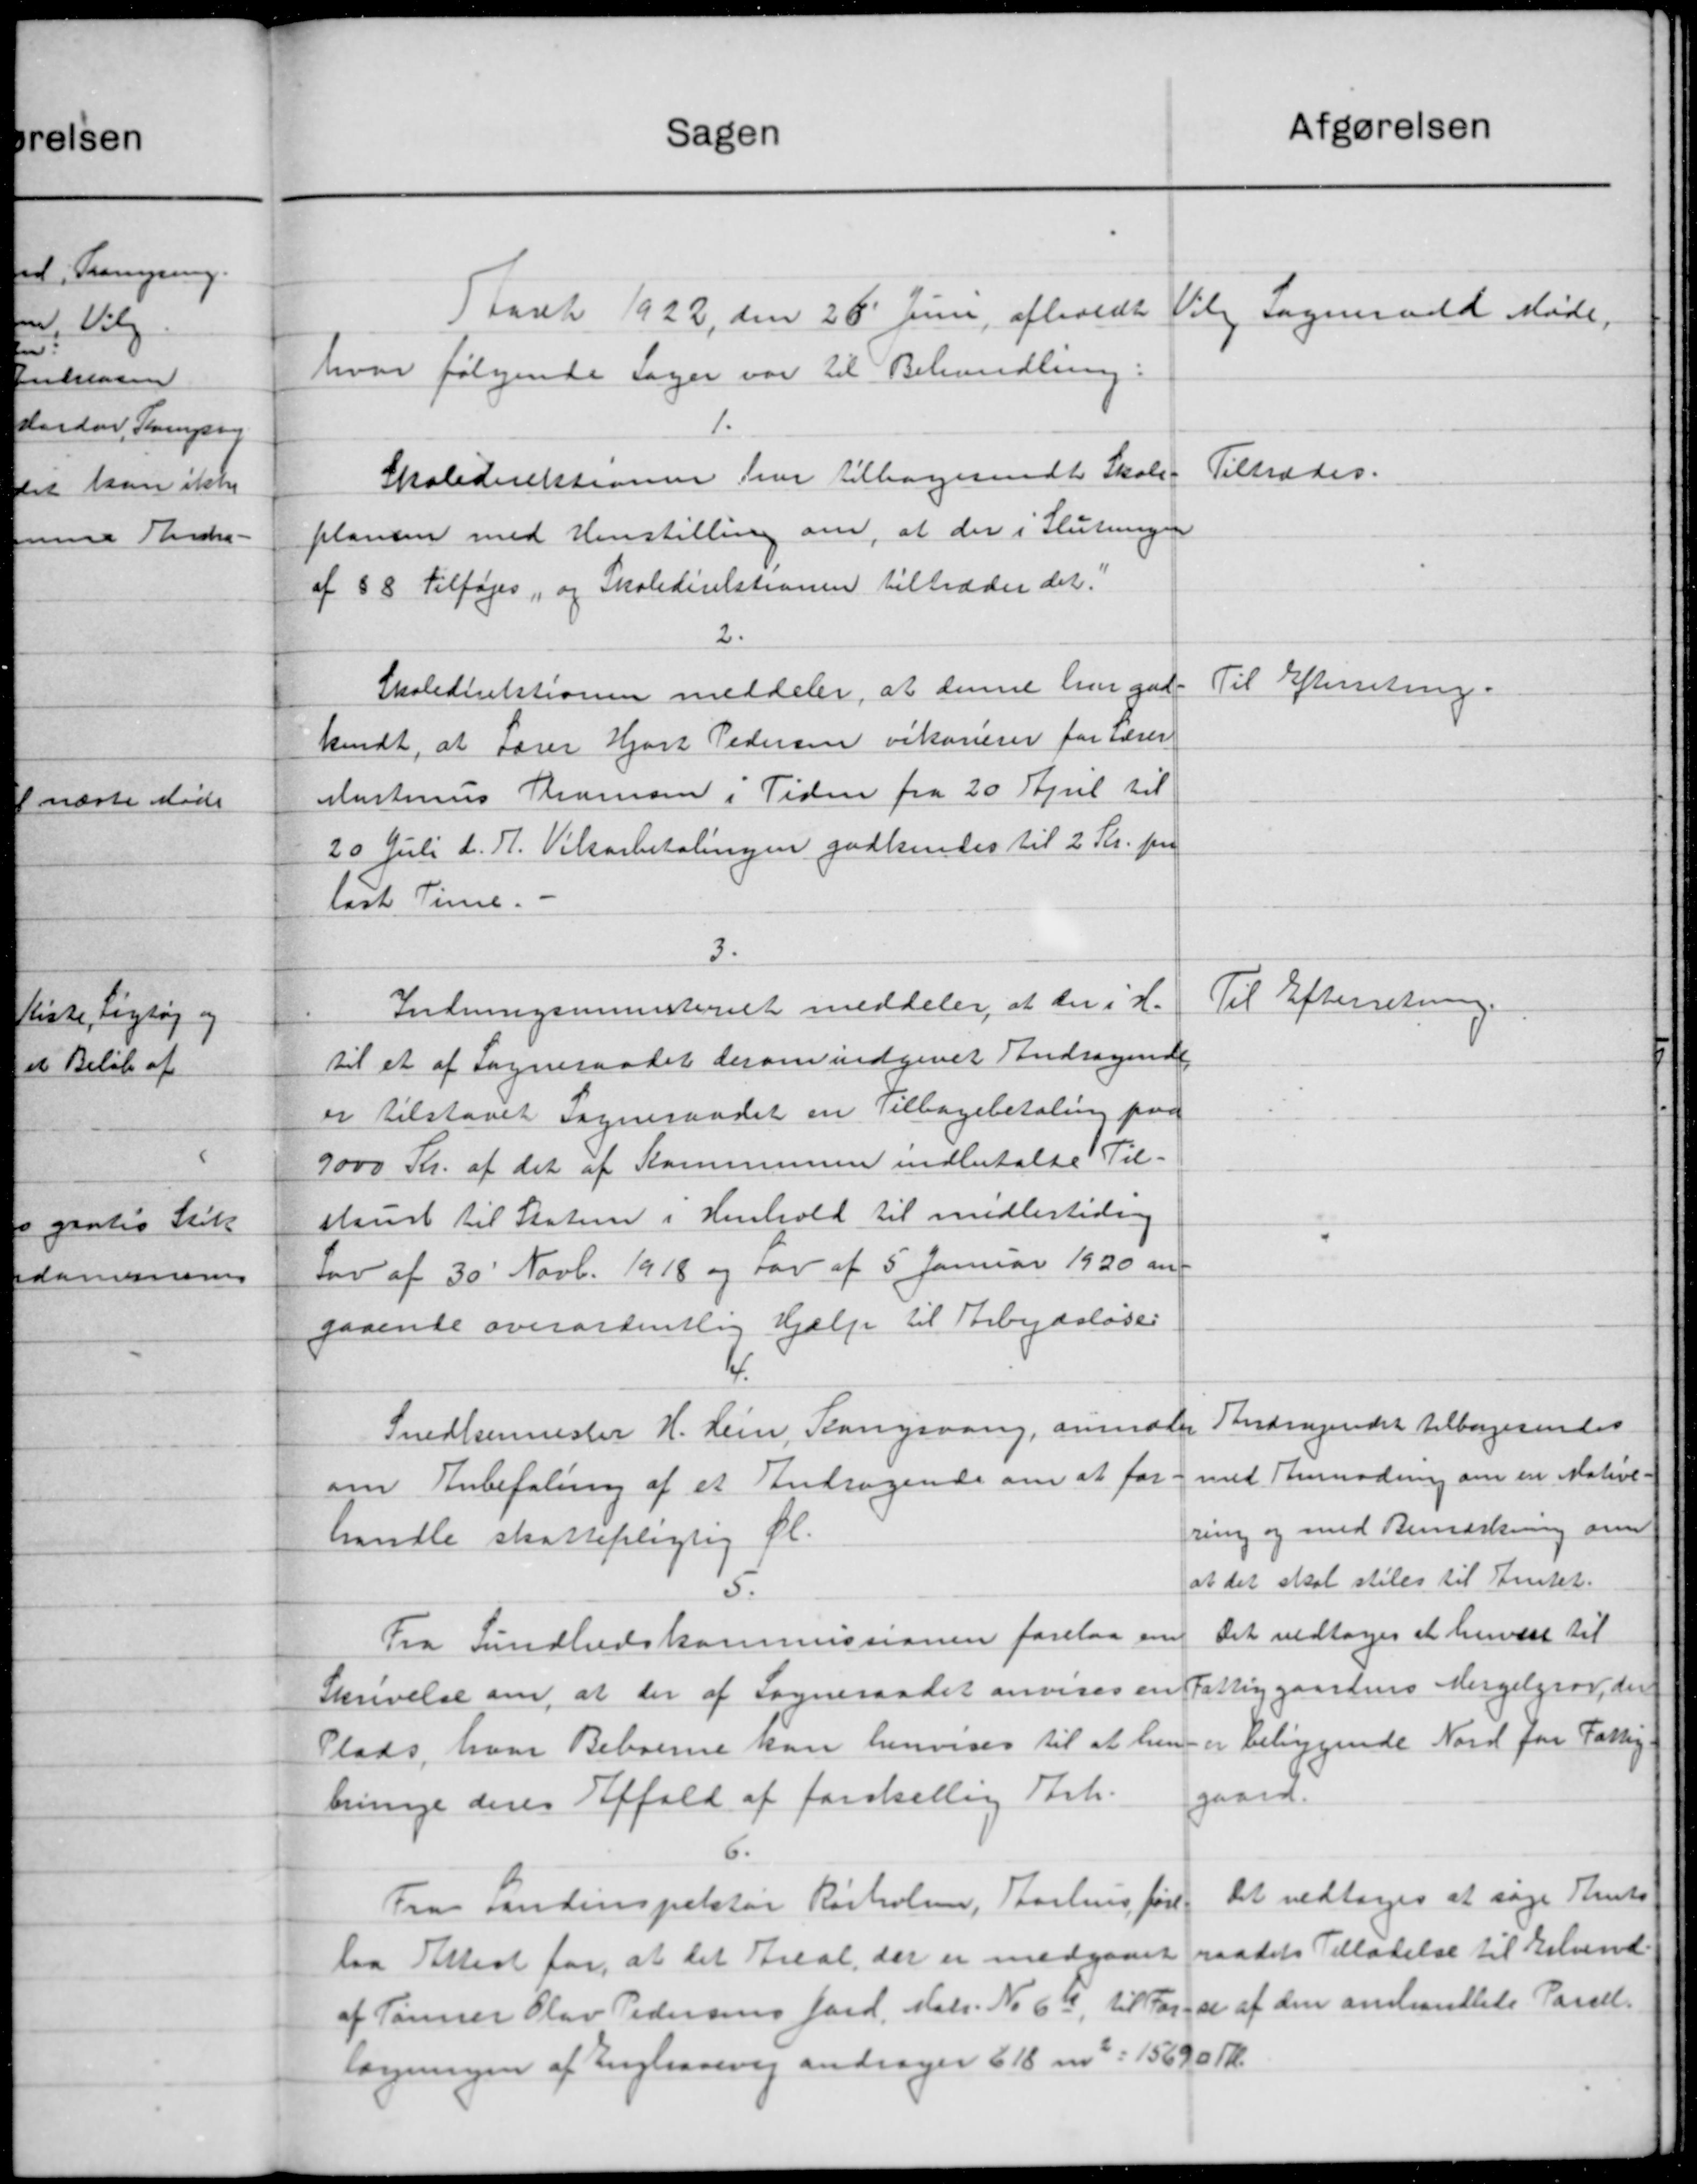
Transskription:
Afgørelsen
Sagen
Vilg Sogneraad Møde.
Aaaret 1922, den 26' Juni afholdt
hvor følgende Sager var til Behandling:
1.
Tiltrædes.
Skoledirektionen har tilbagesendt Skole-
plansen med Henstilling om, at der i Slutningen
af § 8 Tilføjes, og Skoledirektionen tiltræder det.
2.
Til Efterretning.
Skoledirektionen meddeler, at denne har god-
kendt, at Lærer Hjort Pedersen vikarerer for Lærer
Martinus Thomsen i Tiden fra 20 April til
20 Juli d. A. Viksarbetalingen godkendes til 2 Kr. pr.
list. Time.
3.
Til Efterretning.
Indningsministeriet meddeler, at der i H.
til et af Sogneraadet derom indgivet Andragende
er tilstaaet Sogneraadet en Tilbagebetaling paa
9000 Kr. af det af Kommunen indbetalte Til-
staust til Staten i Henhold til midlertiding
Lov af 30' Novb. 1918 og Lov af 5 Januar 1920 ang
gaaende overordentlig Hjælp til Arbejdsløse
4.
Andragendet tilbagesendes
Snedkermester H. Lein, Slangsvang, anmoder
med Anmodning om en Mative-
om Anbefaling af et Andragende om at for-
ring og med Bemærkning om
handle skattepligtig Øl.
at det skal stiles til Amtet.
5.
Det vedtoges at hervæst til
Fra Sundhedskommissionen forelaa en
Skrivelse om, at der af Sogneraadet anvises en Fattiggaardens Mergelgrav, der
er beliggende Nord for Fattig-
Plads, hvor Beboerne kan henvises til at hen-
gaard
bringe deres Affald af forskellig Ark.
Fra Landinspektør Rørholm, Aarhus føre. Det vedtoges at søge Amts
laa Attes for, at det Areal, der er medgaaet raadets Tilladelse til Erlund.
af Tønner Olav Pedersens Jord. Matr. No 66, til Forst af den omhandlede Parcel.
lægningen af Englansvej andrager 618 m. 15690 Kr.